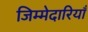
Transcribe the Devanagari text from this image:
जिम्मेदारियॉं